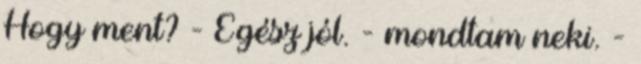
Hogy ment? - Egész jól. - mondtam neki. -